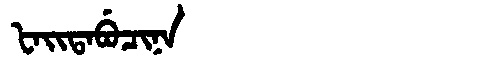
Manchu: ᡶᠠᡳᡨᠠᠪᡠᠴᡳᠨᠠ
Romanization: FAITABUCINA